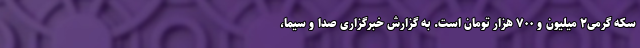
سکه گرمی۲ میلیون و ۷۰۰ هزار تومان است. به گزارش خبرگزاری صدا و سیما،